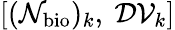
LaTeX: [(\mathcal{N}_{\mathrm{bio}})_{k},\ \mathcal{DV}_{k}]